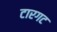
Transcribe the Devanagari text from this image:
टारगट